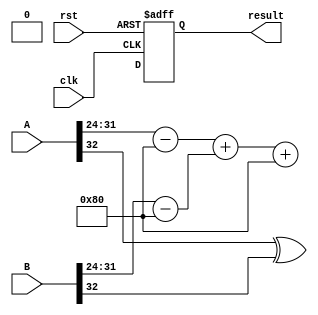
module floating_point_wallace_tree_multiplier #(
    parameter N = 8, // Number of bits for exponent
    parameter M = 23 // Number of bits for significand
)(
    input wire clk,
    input wire rst,
    input wire [N + M + 1:0] A, // A = {sign_A, exp_A, significand_A}
    input wire [N + M + 1:0] B, // B = {sign_B, exp_B, significand_B}
    output reg [N + M + 1:0] result // result = {sign_result, exp_result, significand_result}
);

    // Internal signals
    wire sign_A = A[N + M + 1];
    wire sign_B = B[N + M + 1];
    wire [N-1:0] exp_A = A[N + M: M + 1];
    wire [N-1:0] exp_B = B[N + M: M + 1];
    wire [M-1:0] sig_A = A[M-1:0];
    wire [M-1:0] sig_B = B[M-1:0];

    wire sign_result;
    wire [N:0] exp_result; // N+1 to accommodate overflow
    wire [2*M:0] sig_result; // 2*M to accommodate product

    // Sign calculation
    assign sign_result = sign_A ^ sign_B;

    // Exponent calculation
    wire [N:0] exp_A_bias = exp_A - (1 << (N - 1)); // Subtract bias
    wire [N:0] exp_B_bias = exp_B - (1 << (N - 1)); // Subtract bias
    assign exp_result = exp_A_bias + exp_B_bias + (1 << (N - 1)); // Add bias back

    // Significand multiplication using Wallace Tree
    wire [M-1:0] partial_products[M-1:0];

    // Generate partial products
    genvar i, j;
    generate
        for (i = 0; i < M; i = i + 1) begin : pp_gen
            for (j = 0; j < M; j = j + 1) begin : pp_inner
                assign partial_products[i][j] = sig_A[i] & sig_B[j];
            end
        end
    endgenerate

    // Wallace Tree Reduction (simplified)
    wire [M:0] sum[M-1:0]; // Sum wires for carry-save adders
    wire [M:0] carry[M-1:0]; // Carry wires for carry-save adders

    // First level of CSA
    generate
        for (i = 0; i < M; i = i + 1) begin : CSA_level1
            assign sum[i] = {1'b0, partial_products[i]} + {1'b0, partial_products[i + 1]};
            assign carry[i] = {1'b0, partial_products[i]} & {1'b0, partial_products[i + 1]};
        end
    endgenerate

    // Further levels of CSA would be implemented here...

    // Final addition of the last two rows
    // This is a placeholder for the final addition logic
    // You would need to implement the final carry-save addition and normalization here

    // Normalization and rounding would also be implemented here...

    // Output assignment
    always @(posedge clk or posedge rst) begin
        if (rst) begin
            result <= 0;
        end else begin
            // Assign the final result after normalization and rounding
            result <= {sign_result, exp_result[N-1:0], sig_result[M-1:0]};
        end
    end

endmodule